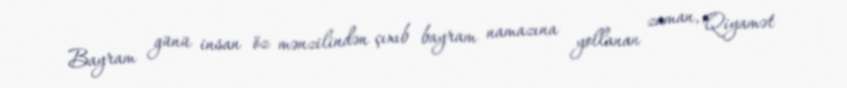
Bayram günü insan öz mənzilindən çıxıb bayram namazına yollanan zaman, Qiyamət